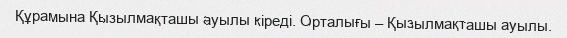
Құрамына Қызылмақташы ауылы кіреді. Орталығы – Қызылмақташы ауылы.